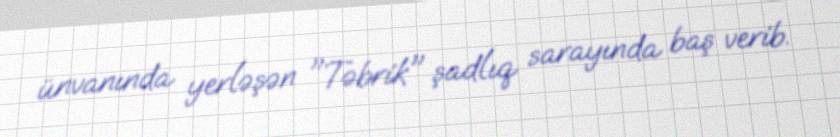
ünvanında yerləşən "Təbrik" şadlıq sarayında baş verib.